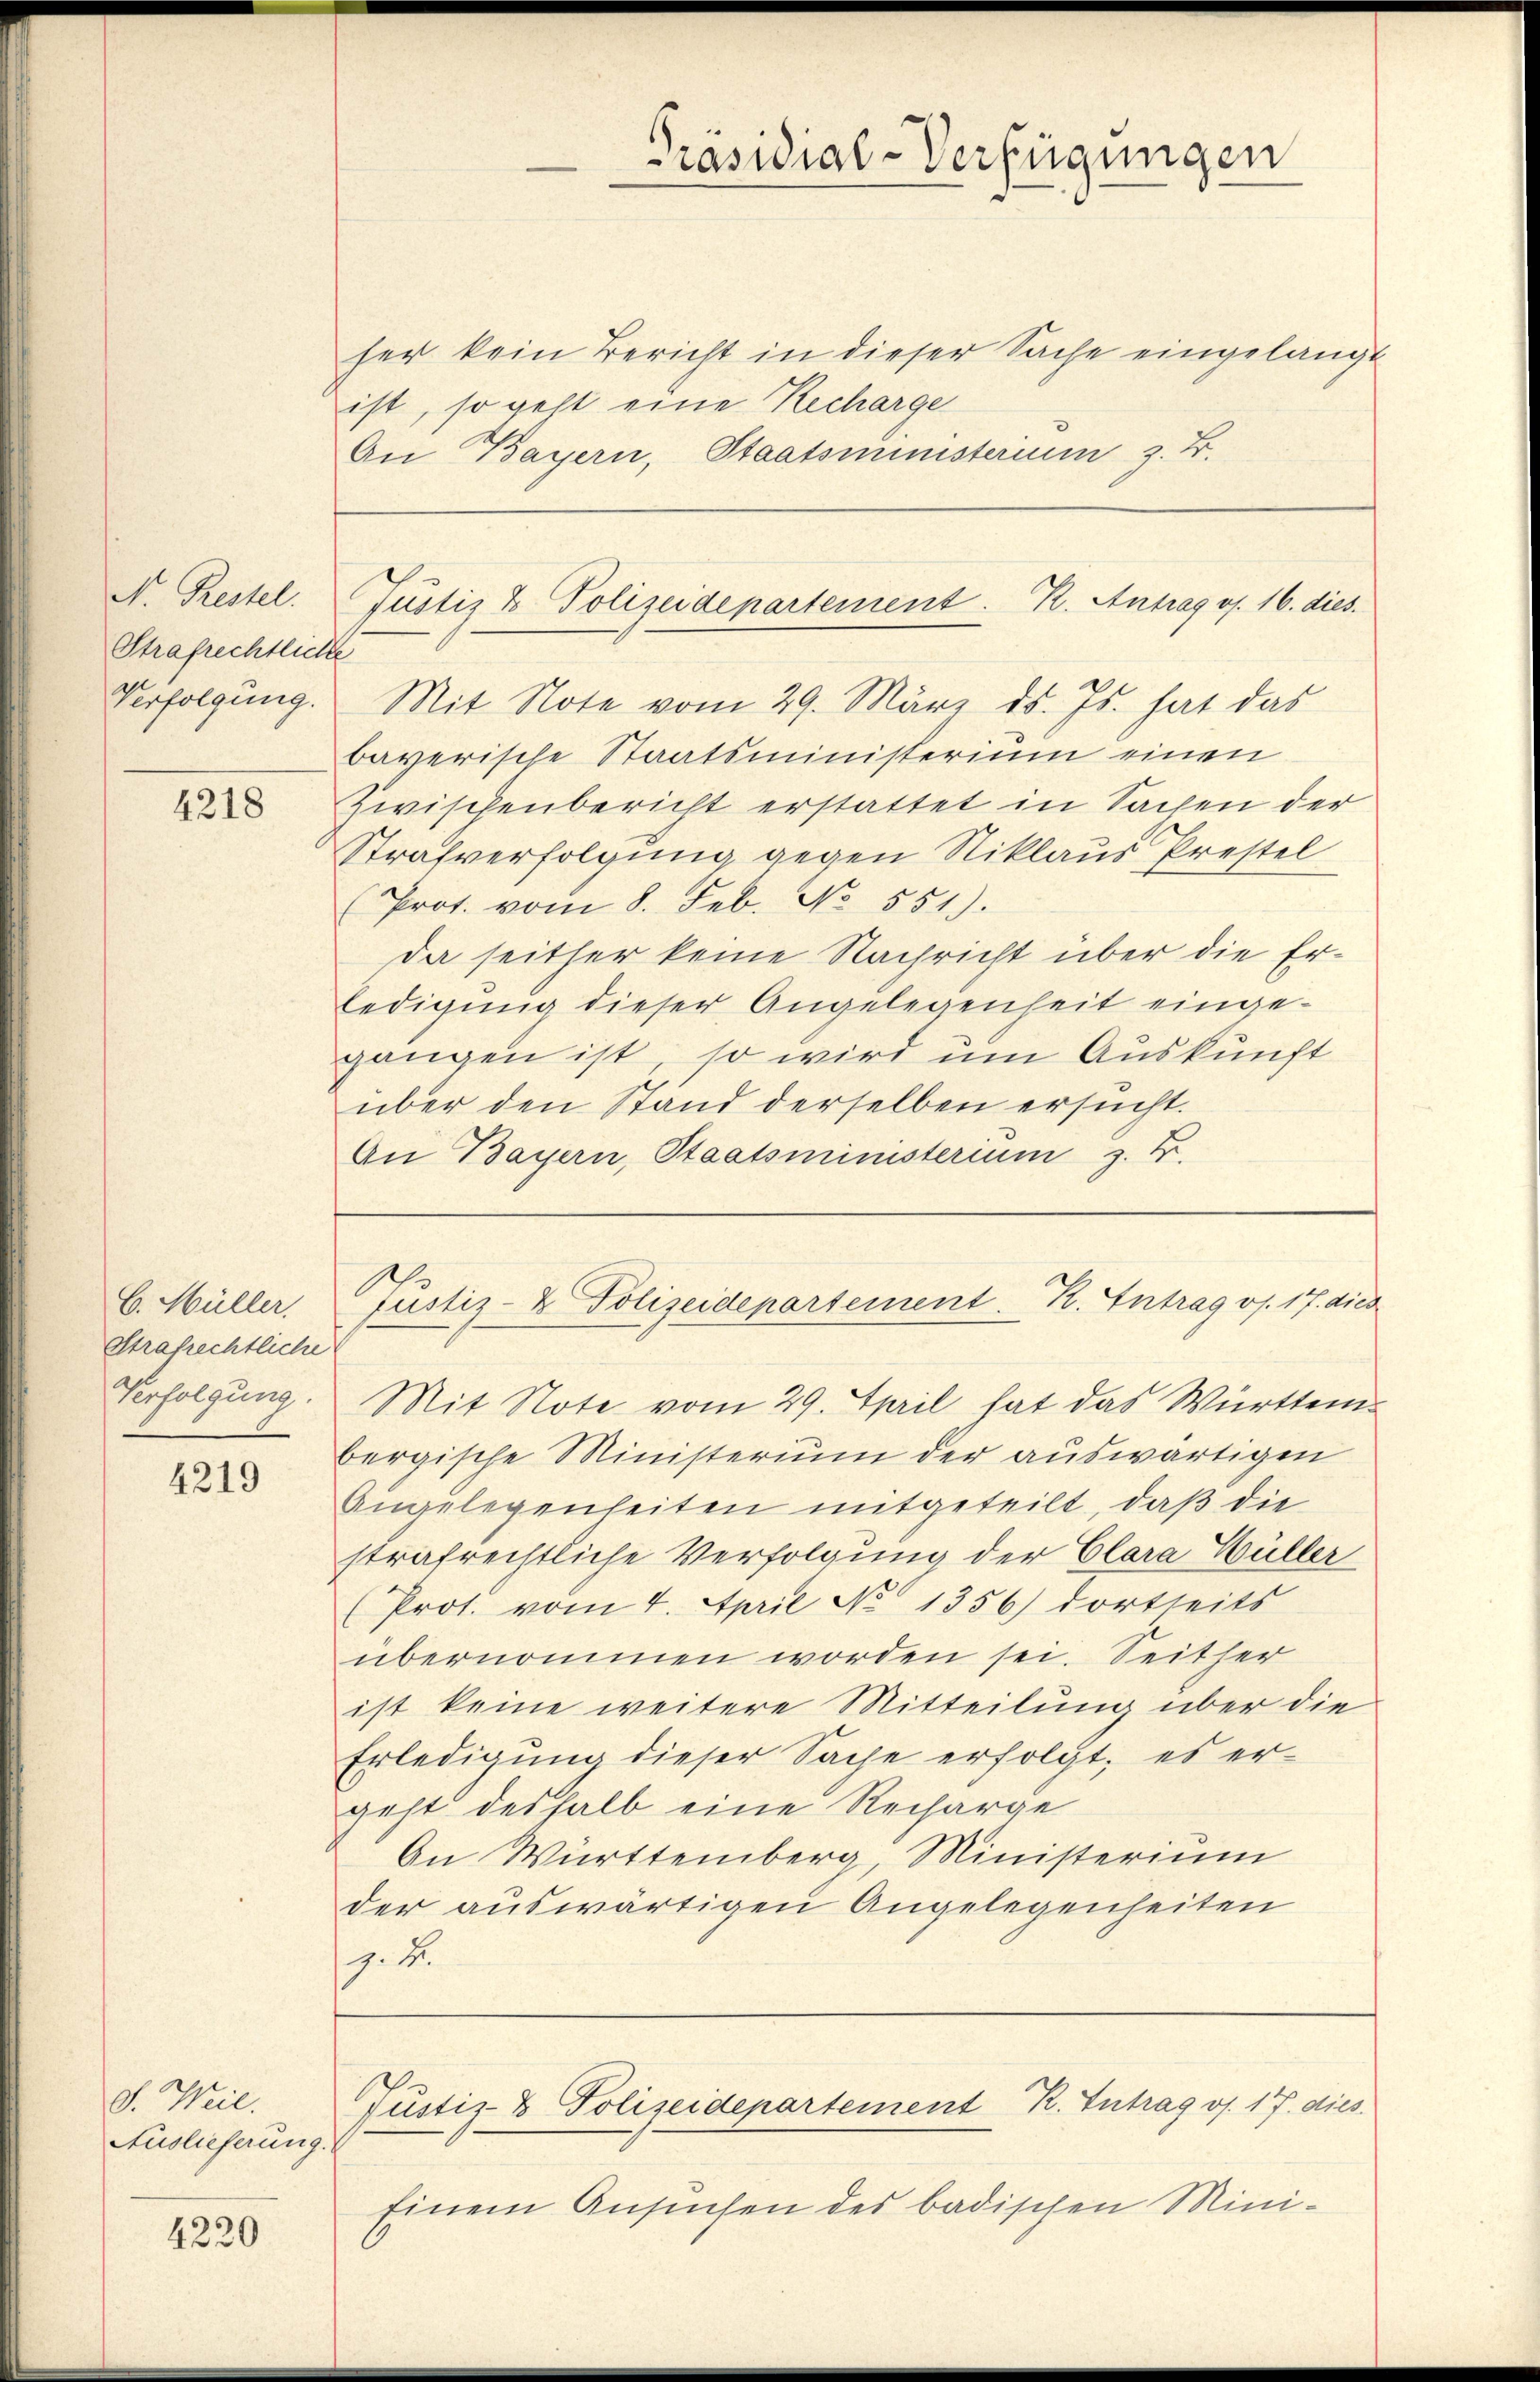
N. Restel
Strafrechtliche
Verfolgung.

4218

C. Müller.
Strafrechtliche
Verfolgung.

4219

et. Weil.
Auslieferung.

4220

her kein Bericht in dieser Sache eingelangt
ist, so geht eine Recharge
An Bayern, Staatsministerium z. B.

Mit Note vom 29. März d. Js. hat das
bayerische Staatsministerium einen
Zwischenbericht erstattet in Sachen der
Strafverfolgung gegen Niklaus Prestel
Prot. vom 8. Feb. No. 551).
da seither keine Nachricht über die Erledigung dieser Angelegenheit eingegangen ist, so wird um Auskunft
über den Stand derselben ersucht.
An Bayern, Staatsministerium z. B.

Präsidial-Verfügungen

Justiz & Polizeidepartement. R. Antrag os. 16. dies

Justiz- & Polizeidepartement. K. Antrag os. 17. dies

Mit Note vom 29. April hat das Württem

bergische Ministerium der auswärtigen
Angelegenheiten mitgeteilt, daß die
strafrechtliche Verfolgung der Clara Wüller
(Prot. vom 4. April No 1356) dortseits
übernommen worden sei. Seither
ist keine weitere Mitteilung über die
Erledigung dieser Sache erfolgt, es er-
geht deshalb eine Recharge
An Württemberg, Ministerium
der auswärtigen Angelegenheiten
7. B.

Justiz- & Polizeidepartement R. Intrag os. 17. dies

Einem Ansuchen des badischen Mini¬